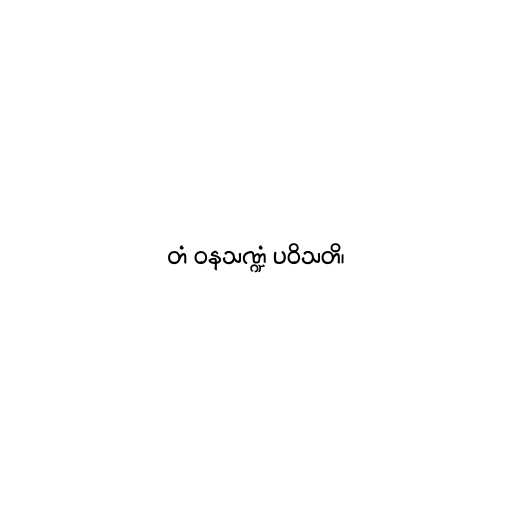
တံ ဝနသဏ္ဍံ ပဝိသတိ၊